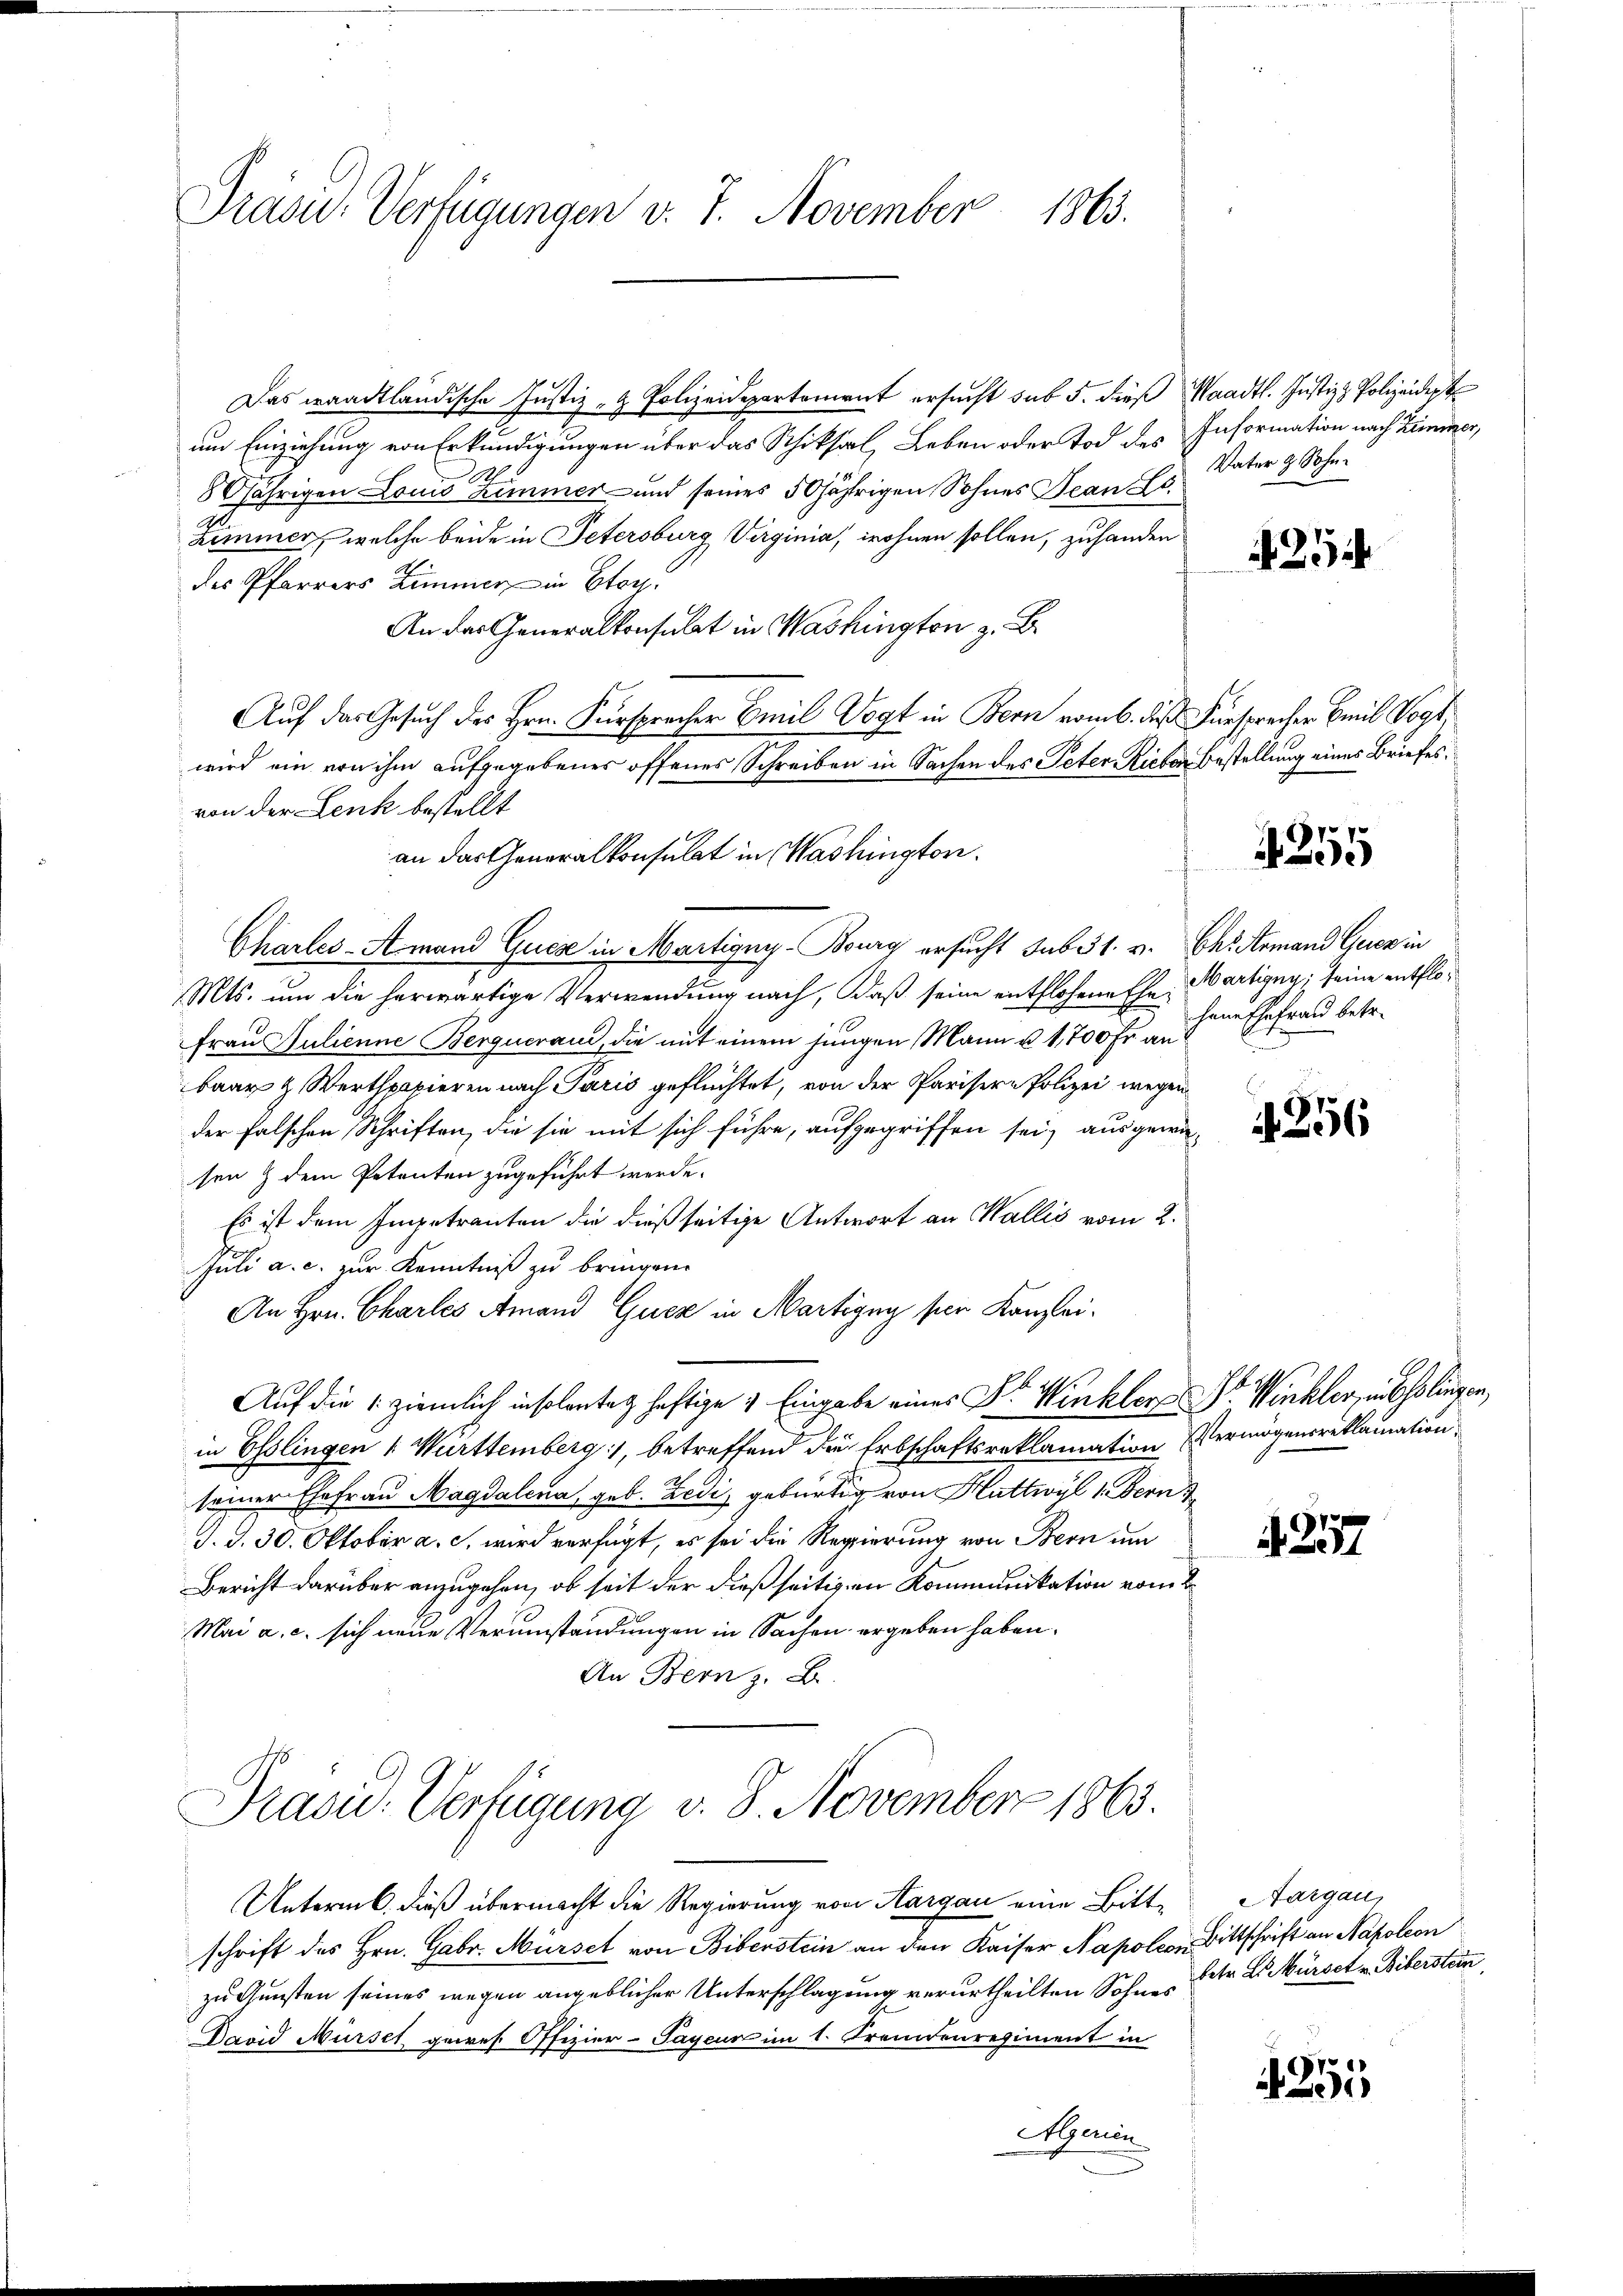
Präsid-Verfügungen v. 7. November 1863.

Das waadtländische Justiz- & Polizeidepartement ersucht sub 5. dies Waadt. Justiz & Polizeidigt
um Einziehung von Erkundigungen über das Schicksal, Leben oder Tod des Information nach Zimmer,
1
80jährigen Louis Zimmer und seines 50jährigen Sohnes Jean Fo
Zimmer, welche beide in Petersburg Virginia, wohnen sollen, zuhanden
des Pfarrers Zimmer in Etag
An das Generalkonsulat in Washington z. B.
Auf das Gesuch des Hrn. Fürsprecher Emil Vogt in Bern vom 6. dieß Fürsprecher Emil Vogt,
wird ein von ihm aufgegebenes offenes Schreiben in Sachen des Peter Richen Bestellung eines Briefes
von der Lenk bestellt
Charles-Amand Quese in Martigny-Bourg ersucht sub 31. v. Chromand Gerer in
Mts. um die herwärtige Verwendung nach, daß seine entflohene Ehe Martigny, seine entflo¬
Frau Julienne Bergueraus, die mit einem jungen Mann u. 1,700 Fr. an
baar & Werthpapieren nach Paris geflüchtet, von der Parisere Polizei wegen
der falschen Schriften, die sie mit sich führe, aufgegriffen sei, ausgewa-
sen & dem Petenten zugeführt werde.
Es ist dem Impetranten die dießseitige Antwort an Wallis vom 2.
Juli a. c. zur Kenntniß zu bringen.
An Hrn. Charles Amand Gucz in Martigny per Kanzlei-
Auf die 1. ziemlich insolantag haftige & Eingabe eines Dr. Winkler Dr. Winkler, in Esslingen,
in Esslingen (: Württemberg, betreffend die Erbschaftsreklamation Vermögensreklamation
seiner Ehefrau Magdalena, geb. Zedi, gebürtig von Huttwyl 1. Bern
S. S. 30. Oktober a. c. wird verfügt, es sei die Regierung von Bern um
Bericht darüber anzugehen, ob seit der dießseitigen Kommunikation vom 2
Mai a. c. sich neue Verumständungen in Sachen ergeben haben.
An Bern z. B.

an das Generalkonsulat in Washington.

Präsid. Verfügung v. 8. November 1863.

Unterm 6. dieß übermacht die Regierung von Aargau eine Bitt-Aargau,
schrift des Hrn. Gabr. Murse von Biberstein an den Kaiser Napoleon Bittschrift an Napoleon
zu Gunsten seines wegen angeblicher Unterschlagung verurtheilten Sohne betr. L. Mürset v. Bibersten
David Mürsel gewes. Offizier-Sayeur im 1. Fremdenregiment in
Algerien

Vater z. Sohn.

2

4255

hene Ehefrau betr.

256

257

255